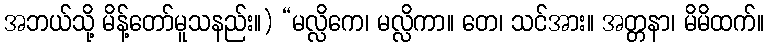
အဘယ်သို့ မိန့်တော်မူသနည်း။) “မလ္လိကေ၊ မလ္လိကာ။ တေ၊ သင်အား။ အတ္တနာ၊ မိမိထက်။